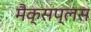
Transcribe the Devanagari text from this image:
मैक्सप्लस